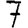
Digit: 7